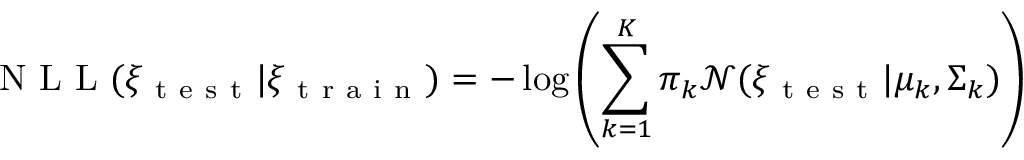
\mathrm { ~ N ~ L ~ L ~ } ( \xi _ { \mathrm { ~ t ~ e ~ s ~ t ~ } } | \xi _ { \mathrm { ~ t ~ r ~ a ~ i ~ n ~ } } ) = - \log \left( \sum _ { k = 1 } ^ { K } \pi _ { k } \mathcal { N } ( \xi _ { \mathrm { ~ t ~ e ~ s ~ t ~ } } | \mu _ { k } , \Sigma _ { k } ) \right)